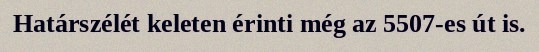
Határszélét keleten érinti még az 5507-es út is.